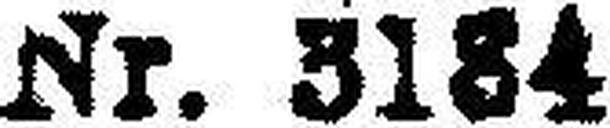
Nr. 3184